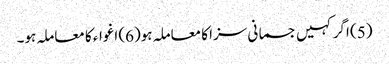
(5) اگر کہیں جسمانی سزا کا معاملہ ہو(6) اغواء کا معاملہ ہو۔